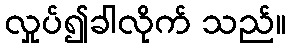
လှုပ်၍ခါလိုက် သည်။